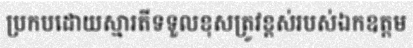
ប្រកបដោយស្មារតីទទួលខុសត្រូវខ្ពស់របស់ឯកឧត្តម